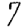
Digit: 7